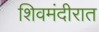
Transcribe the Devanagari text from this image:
शिवमंदीरात